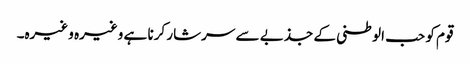
قوم کو حب الوطنی کے جذبے سے سرشار کرنا ہے وغیرہ وغیرہ۔